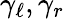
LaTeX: \gamma_{\ell},\gamma_{r}